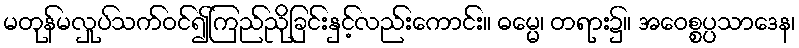
မတုန်မလှုပ်သက်ဝင်၍ကြည်ညိုခြင်းနှင့်လည်းကောင်း။ ဓမ္မေ၊ တရား၌။ အဝေစ္စပ္ပသာဒေန၊